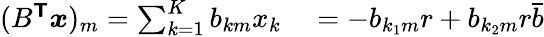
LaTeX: \begin{array}{rl}{(B^{\boldsymbol{\mathsf{T}}}\boldsymbol{x})_{m}=\sum_{k=1}^{K}b_{km}x_{k}}&{{}=-b_{{k_{1}}m}r+b_{{k_{2}}m}r\bar{b}}\end{array}